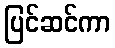
ပြင်ဆင်ကာ